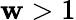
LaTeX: \mathbf{w}>1